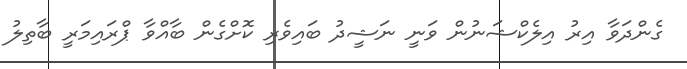
ގެންދަވާ އިރު އިލެކްޝަނުން ވަނީ ނަޝީދު ބައިވެރި ކޮށްގެން ބާއްވާ ޕްރައިމަރީ ބާތިލު